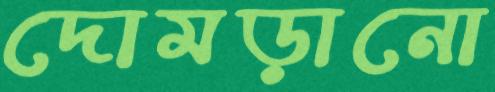
দোমড়ানো